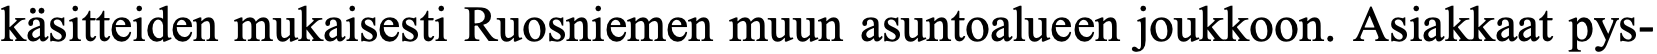
käsitteiden mukaisesti Ruosniemen muun asuntoalueen joukkoon. Asiakkaat pys-